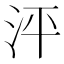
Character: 泙